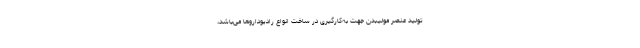
تولید عنصر مولیبدن جهت به‌کارگیری در ساخت انواع رادیوداروها می‌باشد،